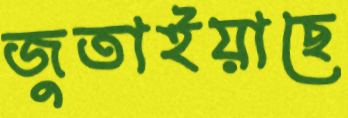
জুতাইয়াছে